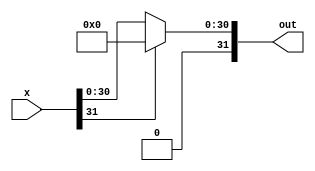
module ACTI(
    input wire signed  [31:0] x, //    p0 to p8, and p4 is not needed
    output wire signed [31:0] out                            //out=p4  
    );

    assign out = x[31]? 0:x;

endmodule